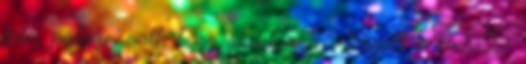
fölé, pályán volt, hogy gurulva 5,5-t evett a kocsi:D.